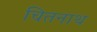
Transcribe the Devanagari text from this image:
चितनाथ